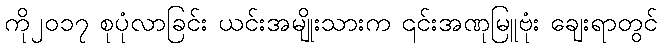
ကို၂၀၁၇ စုပုံလာခြင်း ယင်းအမျိုးသားက ၎င်းအဏုမြူဗုံး ချေးရာတွင်